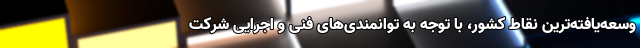
وسعه‌یافته‌ترین نقاط کشور، با توجه به توانمندی‌های فنی و اجرایی شرکت